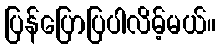
ပြန်ပြောပြပါလိမ့်မယ်။